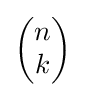
\left({\begin{matrix}n\\k\end{matrix}}\right)